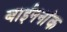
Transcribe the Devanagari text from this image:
बाईननांक